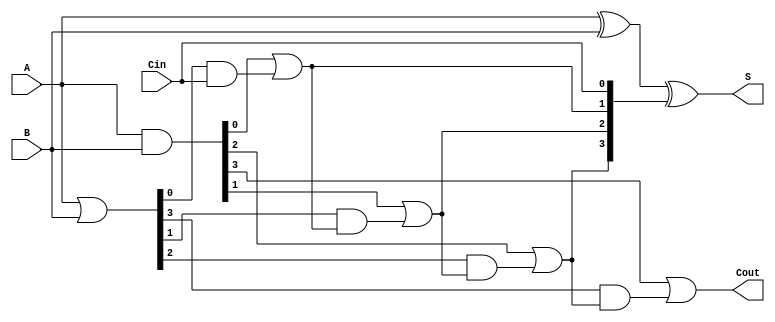
module CarryLookaheadAdder #(
    parameter n = 4 // Parameter for bit-width, can be changed as needed
)(
    input [n-1:0] A,        // First n-bit input
    input [n-1:0] B,        // Second n-bit input
    input Cin,              // Carry-in input
    output [n-1:0] S,       // n-bit sum output
    output Cout             // Carry-out output
);

    wire [n-1:0] G; // Generate signals
    wire [n-1:0] P; // Propagate signals
    wire [n:0] C;    // Carry signals

    // Generate and Propagate signals
    assign G = A & B;          // Generate
    assign P = A | B;          // Propagate

    // Carry signals
    assign C[0] = Cin; // Initial carry-in
    genvar i;
    generate
        for (i = 0; i < n; i = i + 1) begin : carry_gen
            if (i == 0) begin
                assign C[1] = G[0] | (P[0] & Cin);
            end else begin
                assign C[i+1] = G[i] | (P[i] & C[i]);
            end
        end
    endgenerate

    // Sum calculation
    assign S = A ^ B ^ C[n-1:0]; // Sum bits calculation
    assign Cout = C[n]; // Final carry-out

endmodule